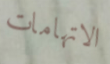
الاتهامات